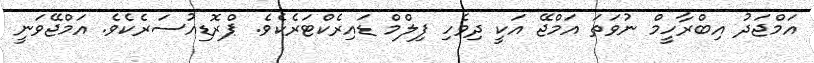
އަމްޖަދު އިބްރާހީމް ނުވަތަ އަމްޖޭ އަކީ ދިވެހި ފިލްމް ޑައިރެކްޓަރެކެވެ. ޕްރޮޑިއުސަރެކެވެ. އަމްޖޭވަނީ